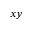
x y